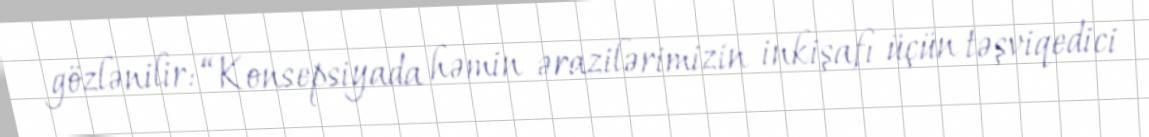
gözlənilir: “Konsepsiyada həmin ərazilərimizin inkişafı üçün təşviqedici